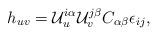
LaTeX: \begin{align*}h_{uv}={\cal U}^{i\alpha}_u{\cal U}^{j\beta}_v C_{\alpha\beta}\epsilon_{ij}, \end{align*}